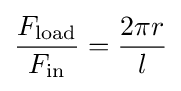
{\frac {F_{\text{load}}}{F_{\text{in}}}}={\frac {2\pi r}{l}}